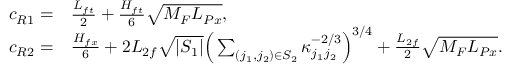
\begin{array} { r l } { c _ { R 1 } = } & { \frac { L _ { f t } } { 2 } + \frac { H _ { f t } } { 6 } \sqrt { { M _ { F } } L _ { P x } } , } \\ { c _ { R 2 } = } & { \frac { H _ { f x } } { 6 } + 2 L _ { 2 f } \sqrt { | S _ { 1 } | } \Big ( \sum _ { ( j _ { 1 } , j _ { 2 } ) \in S _ { 2 } } \kappa _ { j _ { 1 } j _ { 2 } } ^ { - 2 / 3 } \Big ) ^ { 3 / 4 } + \frac { L _ { 2 f } } { 2 } \sqrt { { M _ { F } } L _ { P x } } . } \end{array}